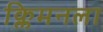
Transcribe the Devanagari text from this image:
क्लिमनला